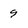
Character: 9